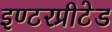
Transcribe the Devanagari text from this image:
इण्टरप्रीटेड